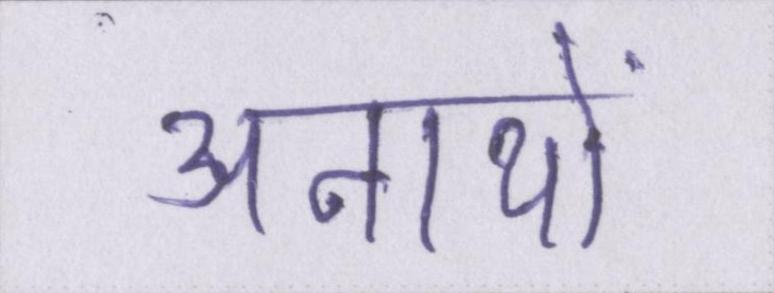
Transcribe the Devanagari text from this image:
अनाथों